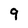
Character: 9